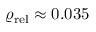
\varrho _ { \mathrm { r e l } } \approx 0 . 0 3 5